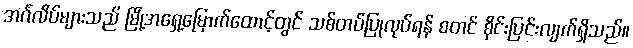
အင်္ဂလိပ်များသည် မြို့အရှေ့မြောက်ထောင့်တွင် သစ်တပ်ပြုလုပ်ရန် စတင် စိုင်းပြင်းလျက်ရှိသည်။